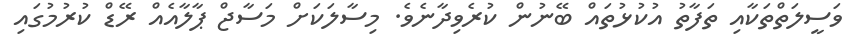
ވަސީލަތްތަކާއި ތަފާތު އުކުޅުތައް ބޭނުން ކުރެވިދާނެވެ. މިސާލަކަށް މަސާޖް ޕާލާއެއް ރޭޑް ކުރުމުގައި